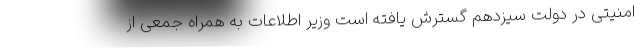
امنیتی در دولت سیزدهم گسترش یافته است وزیر اطلاعات به همراه جمعی از